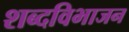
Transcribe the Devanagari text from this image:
शब्दविभाजन